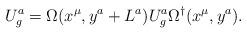
LaTeX: \begin{align*}U_{g}^a=\Omega(x^{\mu}, y^a+L^a)U_{g}^{a}\Omega^{\dagger}(x^{\mu}, y^a).\end{align*}